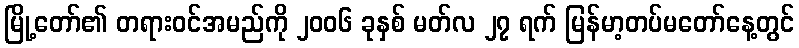
မြို့တော်၏ တရားဝင်အမည်ကို ၂၀၀၆ ခုနှစ် မတ်လ ၂၇ ရက် မြန်မာ့တပ်မတော်နေ့တွင်